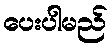
ပေးပါမည်